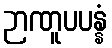
ဉာဏူပပန္နံ